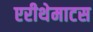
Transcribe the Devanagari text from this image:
एरीथेमाटस